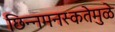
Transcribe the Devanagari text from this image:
छिन्नमनस्कतेमुळे